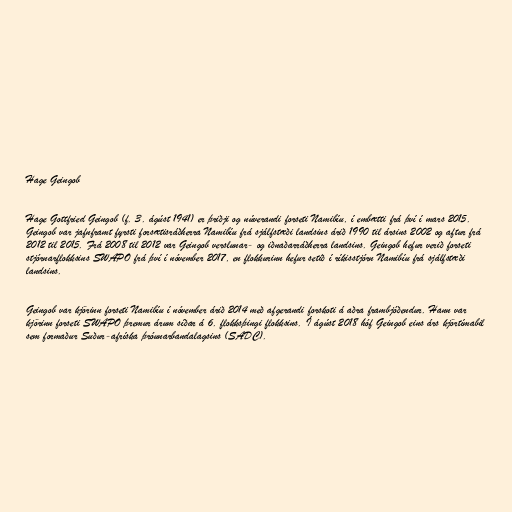
Hage Geingob

Hage Gottfried Geingob (f. 3. ágúst 1941) er þriðji og núverandi forseti Namibíu, í embætti frá því í mars 2015.
Geingob var jafnframt fyrsti forsætisráðherra Namibíu frá sjálfstæði landsins árið 1990 til ársins 2002 og aftur frá
2012 til 2015. Frá 2008 til 2012 var Geingob verslunar- og iðnaðarráðherra landsins. Geingob hefur verið forseti
stjórnarflokksins SWAPO frá því í nóvember 2017, en flokkurinn hefur setið í ríkisstjórn Namibíu frá sjálfstæði
landsins.

Geingob var kjörinn forseti Namibíu í nóvember árið 2014 með afgerandi forskoti á aðra frambjóðendur. Hann var
kjörinn forseti SWAPO þremur árum síðar á 6. flokksþingi flokksins. Í ágúst 2018 hóf Geingob eins árs kjörtímabil
sem formaður Suður-afríska þróunarbandalagsins (SADC).